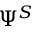
\Psi ^ { S }